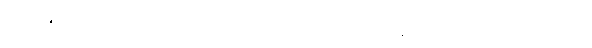
မေရီ၏ဆံပင်များကို အသာအယာပွတ်သပ်ကာ ပြန်၍ ထိုင်လိုက်ပြန်သည်။